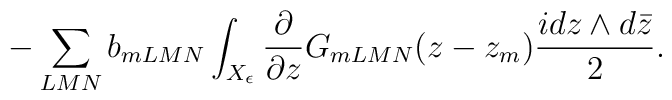
-\sum_{LMN} b_{mLMN}\int_{X_\epsilon}\frac{\partial}{\partial z} G_{mLMN}(z-z_m) \frac{i dz\wedge d\bar z}{2}.